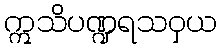
ဣသိပဏ္ဍရသဝှယ